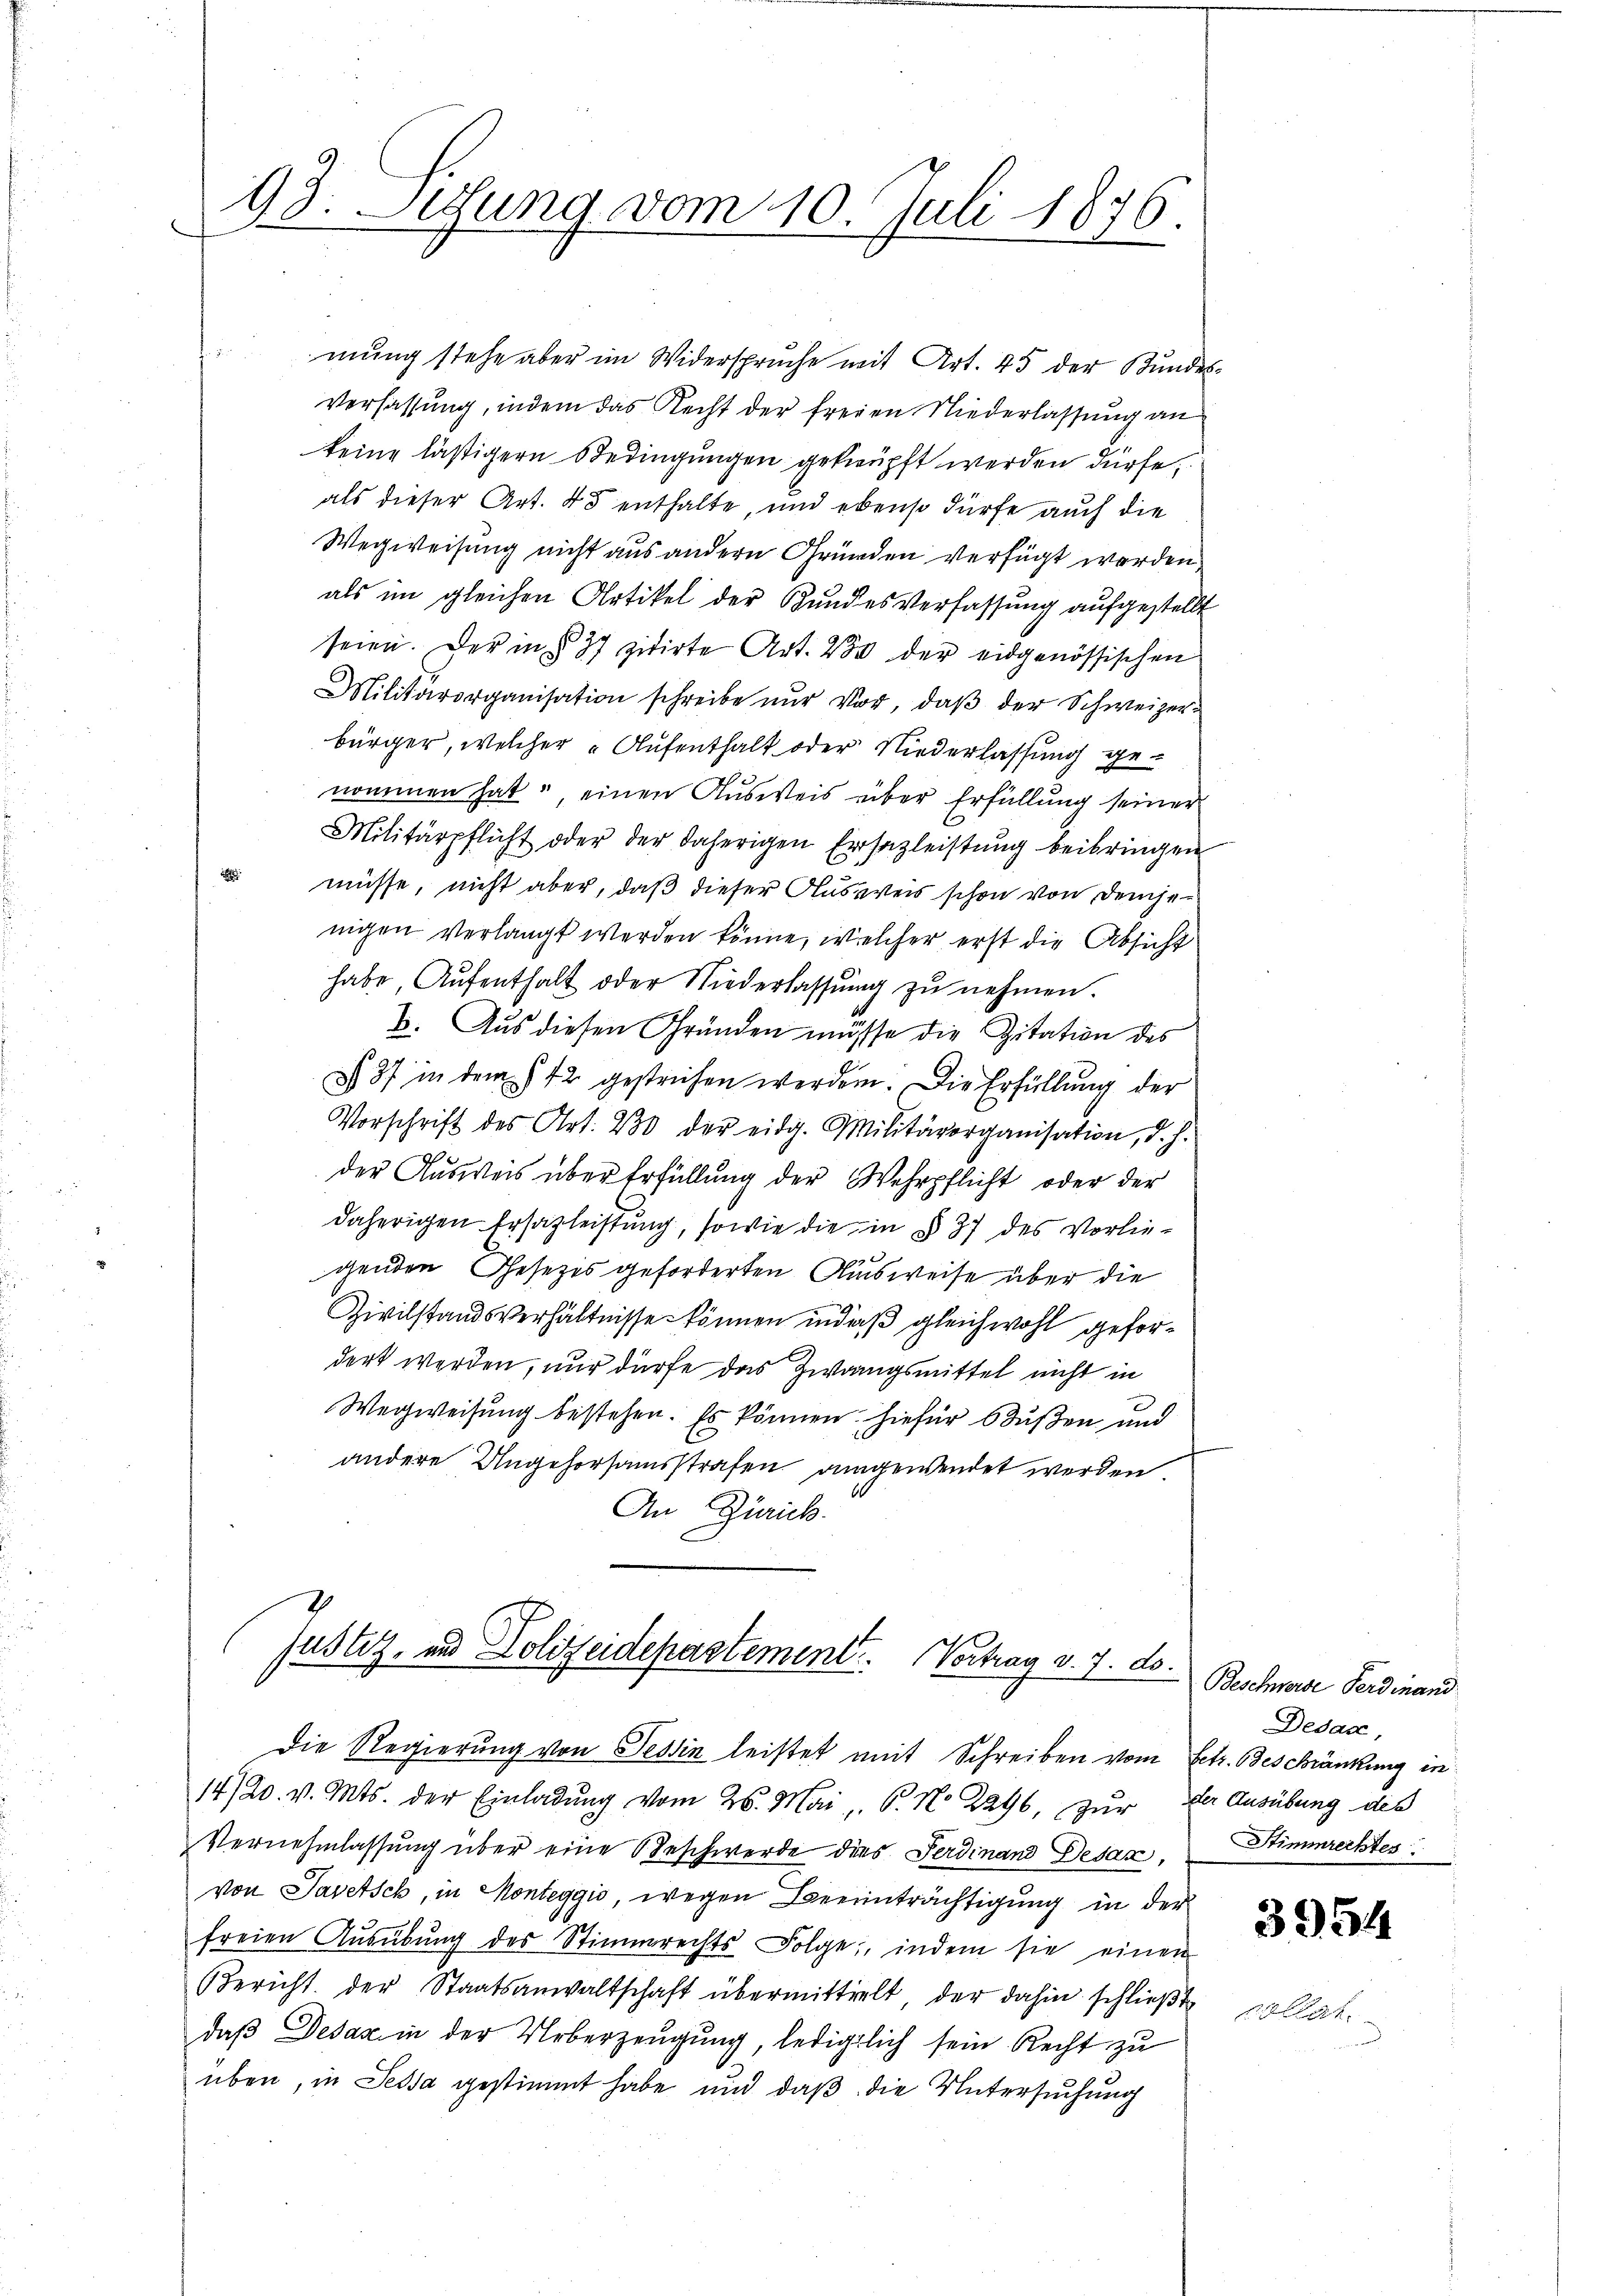
93. Sitzung vom 10. Juli 1876.

.
mung stehe aber im Widerspruche mit Art. 45 der Kundes-
Verfassung, indem das Recht der freien Niederlassung an
keine lästigern Bedingungen geknüpft werden dürfe.
als dieser Art. 45 enthalte, und ebenso dürfe auch die
Wegweisung nicht aus andern Gründen verfügt werden,
als im gleichen Artikel der Bundesverfassung aufgestellt
seien. Der in § 37 zitirte Art. 250 der eidgenössischen
Militärorganisation schreibe nur vor, daβ der Schweizerbürger, welcher Aufenthalt oder Niederlassung genommen hat: einen Ausweis über Erfüllung seiner
Militärpflicht oder der daherigen Ersazleistŭng beibringen
i
müsse, nicht aber, daß dieser Ausweis schon von demjenigen verlangt werden könne, welcher erst die Absicht
habe Aŭfenthalt oder Niederlassŭng zŭ nehmen.
2. Aus diesen Gründen müsse die Zitation des
87 in dem 12 gestrichen werden. Die Erfüllung der
Vorschrift des Art. 230 der eidg. Militärorganisation, d. h.
der Ausweis über Erfüllung der Wehrpflicht oder der
daherigen Ersatzleistung, sowie die in § 37 des Vorliegenden Gesezis geforderten Ausweise über die
Zivilstandsverhältnisse können in daß gleichwohl gefordert werden, nur dürfe das Zwangsmittel nicht in
Wegweisung bestehen. Es können. Hiefür Bußen und
andere Ungehorsamsstrafen angewendet werden.
An Zürich.
Justiz- und Polizeidepartement. Vortrag v. 7. ds.
Die Regierung von Tessin leistet mit Schreiben vom Betr. Beschränkung in
14/20. v. Mts. der Einladung vom 26. Mai v. P. No 2296, zŭr der Ausübung des
Vernehmlassung über eine Beschwerde dies Ferdinand Desaz,
von Savetsch, in Monteggio, wegen Beeinträchtigung in der
freien Aŭsübŭng des Stimmrechts Folge, indem sie einen
Bericht der Staatsanwaltschaft übermittelt der dahin schließt
daß Desaz in der Ueberzeugung, lediglich sein Recht zu
üben, in Sessa gestimmt habe und daß die Untersuchung

Beschwerde Ferdinand
Dedax,
Stimmrechtes

3954

collat